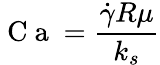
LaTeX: \mathrm{~C~a~}=\frac{\dot{\gamma}R\mu}{k_{s}}